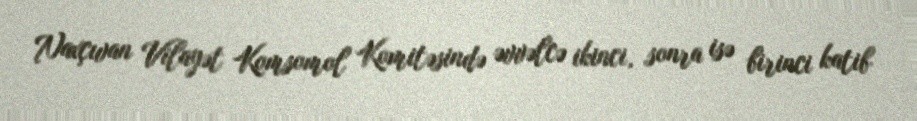
Naxçıvan Vilayət Komsomol Komitəsində əvvəlcə ikinci, sonra isə birinci katib